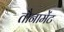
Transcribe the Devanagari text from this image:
तौनामेंट